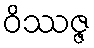
ဝိဿဇ္ဇ